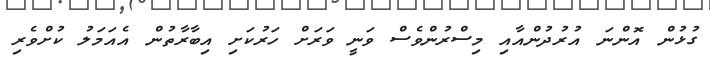
ގުޅުން އޮންނަ އުރުދުންއާއި މިސްރުންވެސް ވަނީ ވަރަށް ހަރުކަށި އިބާރާތުން އެއަމަލު ކުށްވެރި